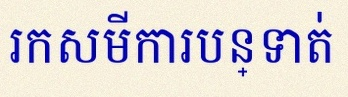
រកសមីការបន្ទាត់